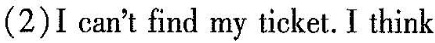
(2)I can't find my ticket. I think